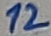
Text: 12